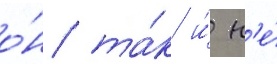
о́н та́к и́ н'е́